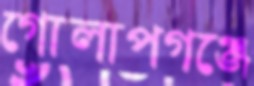
গোলাপগঞ্জে